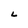
Character: L